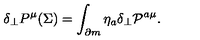
\delta _ { \perp } P ^ { \mu } ( \Sigma ) = \int _ { \partial m } \eta _ { a } \delta _ { \perp } { \cal P } ^ { a \mu } .